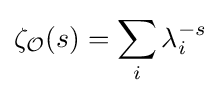
\zeta _{\mathcal {O}}(s)=\sum _{i}\lambda _{i}^{-s}